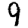
Digit: 9